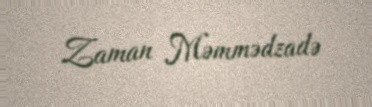
Zaman Məmmədzadə